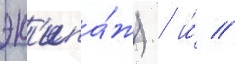
эк'ипа́ж) / и́ //